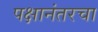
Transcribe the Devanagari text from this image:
पक्षानंतरचा